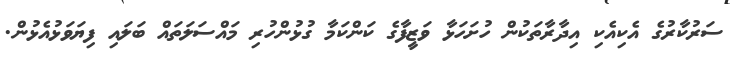
ސަރުކާރުގެ އެކިއެކި އިދާރާތަކުން ހުށަހަޅާ ވަޒީފާގެ ކަންކަމާ ގުޅުންހުރި މައްސަލަތައް ބަލައި ފިޔަވަޅުއެޅުން.